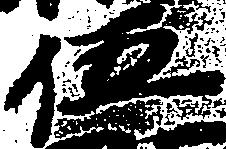
伍